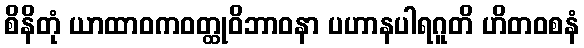
စိနိတုံ ယာထာဝကဝတ္ထုဝိဘာဝနာ ပဟာနပါရဂူတိ ဟိတဝစနံ